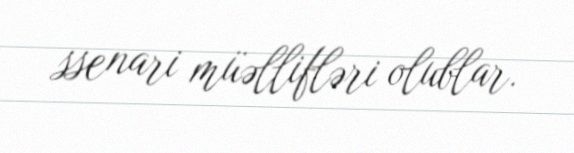
ssenari müəllifləri olublar.